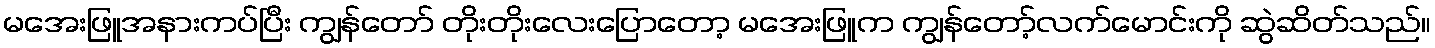
မအေးဖြူအနားကပ်ပြီး ကျွန်တော် တိုးတိုးလေးပြောတော့ မအေးဖြူက ကျွန်တော့်လက်မောင်းကို ဆွဲဆိတ်သည်။